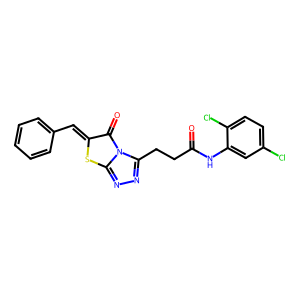
SMILES: O=C(CCc1nnc2sc(=Cc3ccccc3)c(=O)n12)Nc1cc(Cl)ccc1Cl
Inhibits HIV replication: No